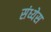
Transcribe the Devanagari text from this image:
संध्येस